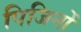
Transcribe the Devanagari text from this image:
पिजिनों